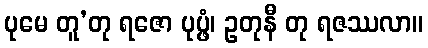
ပုမေ တူ’တု ရဇော ပုပ္ဖံ၊ ဥတုနီ တု ရဇဿလာ။